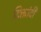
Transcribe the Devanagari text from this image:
दिक्तांदी